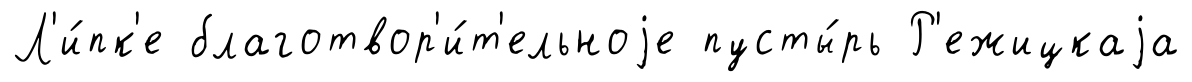
Л'и́пк'е благотвор'и́т'ельноjе пусты́рь Р'ежицкаjа